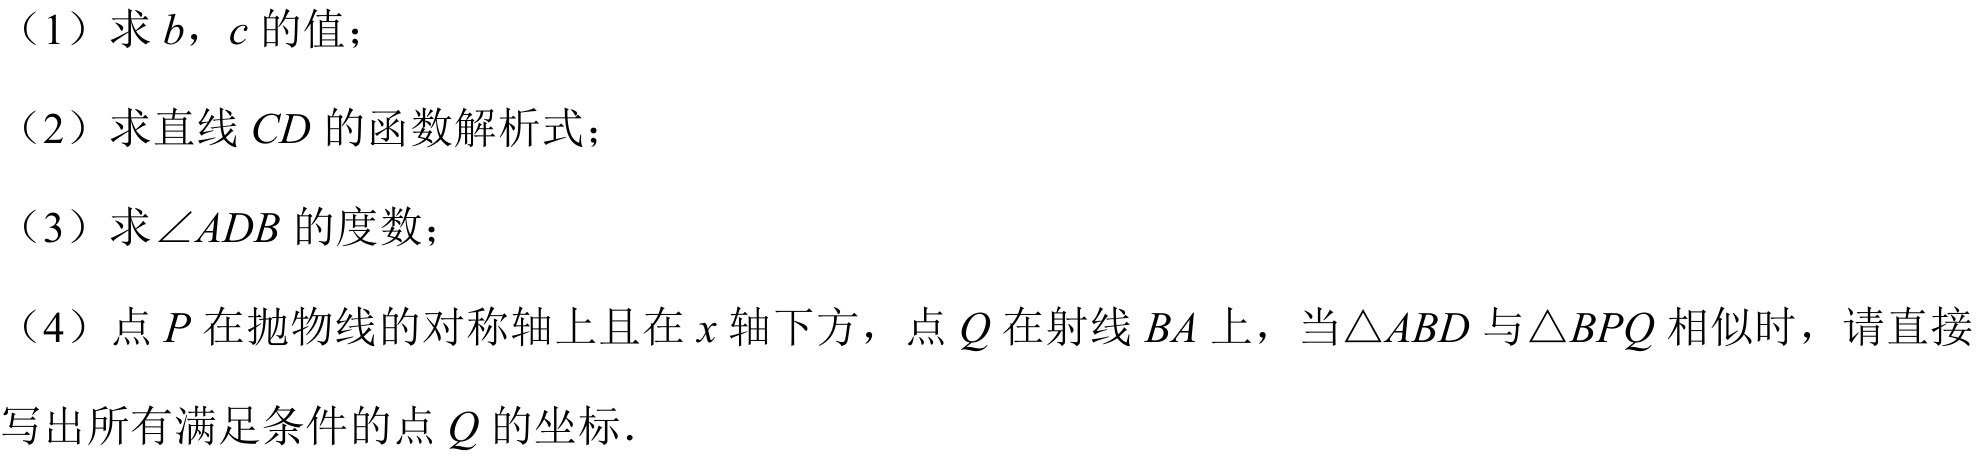
（1）求\(b\)，\(c\)的值；
（2）求直线\(CD\)的函数解析式；
（3）求\(\angle ADB\)的度数；
（4）点\(P\)在抛物线的对称轴上且在\(x\)轴下方，点\(Q\)在射线\(BA\)上，当\(\triangle ABD\)与\(\triangle BPQ\)相似时，请直接写出所有满足条件的点\(Q\)的坐标．